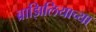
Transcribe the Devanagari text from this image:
ब्राझिलियाच्या